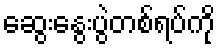
ဆွေးနွေးပွဲတစ်ရပ်ကို